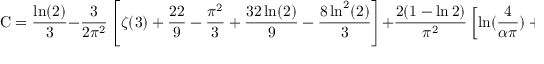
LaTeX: { \mathrm { C } } = { \frac { \ln ( 2 ) } { 3 } } - { \frac { 3 } { 2 \pi ^ { 2 } } } \left[ \zeta ( 3 ) + { \frac { 2 2 } { 9 } } - { \frac { \pi ^ { 2 } } { 3 } } + { \frac { 3 2 \ln ( 2 ) } { 9 } } - { \frac { 8 \ln ^ { 2 } ( 2 ) } { 3 } } \right] + { \frac { 2 ( 1 - \ln 2 ) } { \pi ^ { 2 } } } \left[ \ln ( { \frac { 4 } { \alpha \pi } } ) + \left\langle \ln R _ { 0 } \right\rangle _ { \mathrm { a v } } - { \frac { 1 } { 2 } } \right] .